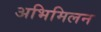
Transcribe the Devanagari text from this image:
अभिमिलन